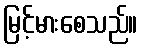
မြင့်မားစေသည်။